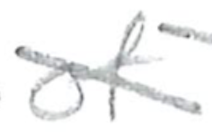
Text: of
Cross-out: diagonal
Writing tool: pencil